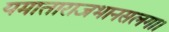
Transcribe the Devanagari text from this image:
यमाताराजभानसलगा।